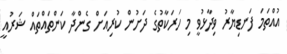
އުއްތަމަ ފަނޑިޔާރު ވިދާޅުވީ މި ހަރަކާތުގެ ދަށުން ކުރިއަށް ގެންދާ ކަންތައްތައް ޝަރުއީ